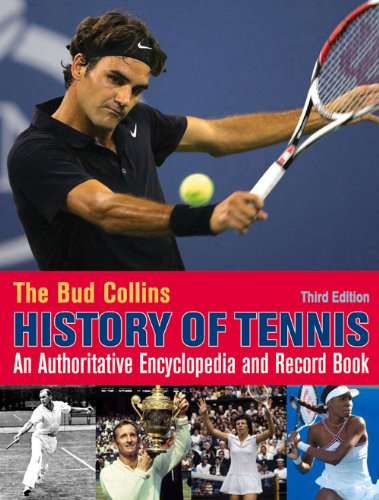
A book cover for The Bud Collins History of Tennis; Bud Collins; Sports & Outdoors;